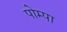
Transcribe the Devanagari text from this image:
पोम्पा